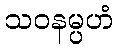
သဝနမ္ပဟံ